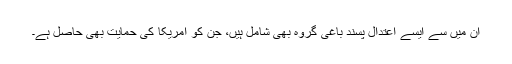
ان میں سے ایسے اعتدال پسند باغی گروہ بھی شامل ہیں، جن کو امریکا کی حمایت بھی حاصل ہے۔